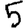
Digit: 5